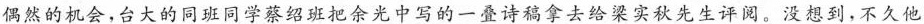
偶然的机会，台大的同班同学蔡绍班把余光中写的一叠诗稿拿去给梁实秋先生评阅。没想到，不久他